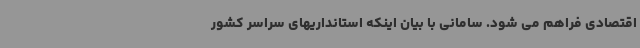
اقتصادی فراهم می شود. سامانی با بیان اینکه استانداریهای سراسر کشور